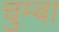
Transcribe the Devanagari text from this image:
चुम्बा